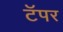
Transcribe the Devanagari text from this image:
टॅपर